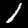
Label: 1